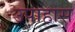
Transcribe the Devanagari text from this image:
उपाहास